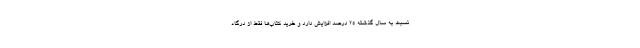
نسبت به سال گذشته ۲۵ درصد افزایش دارد و خرید کتاب‌ها فقط از درگاه